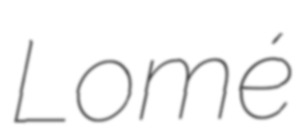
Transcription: Lomé